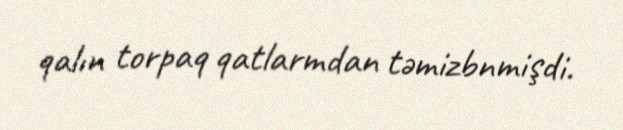
qalın torpaq qatlarmdan təmizbnmişdi.